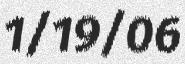
1/19/06